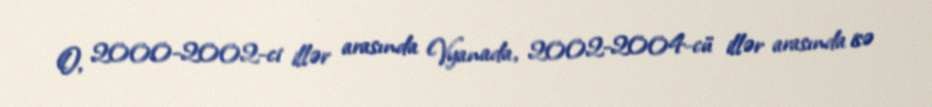
O, 2000-2002-ci illər arasında Vyanada, 2002-2004-cü illər arasında isə